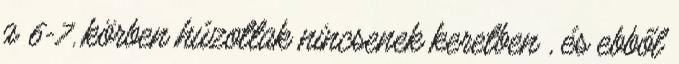
a 6-7. körben húzottak nincsenek keretben , és ebből